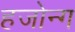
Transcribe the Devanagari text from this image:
हजोन्ग